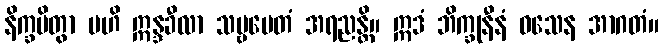
နိက္ခမိတွာ ဗဟိ ဣန္ဒခီလာ သဗ္ဗမေတံ အရညန္တိ။ ဣဒံ ဘိက္ခုနီနံ ဝသေန အာဂတံ။